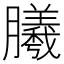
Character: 𣎮